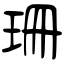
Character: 珊